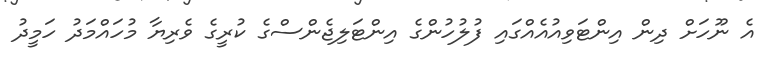
އެ ނޫހަށް ދިން އިންޓަވިއުއެއްގައި ފުލުހުންގެ އިންޓަލިޖެންސްގެ ކުރީގެ ވެރިޔާ މުހައްމަދު ހަމީދު